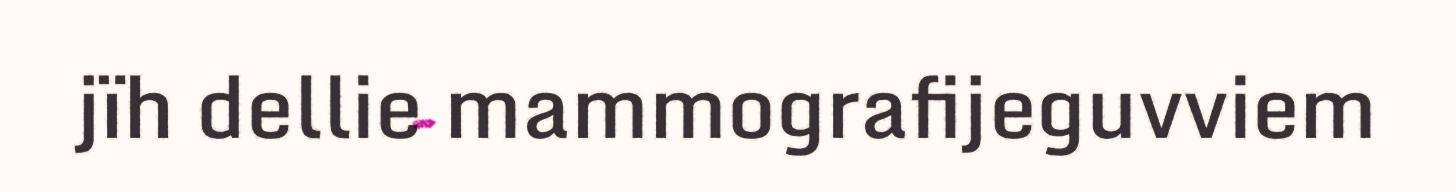
jïh dellie mammografijeguvviem